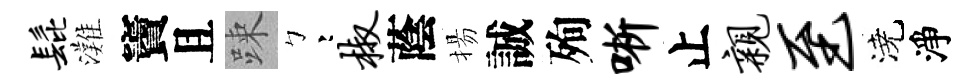
髭灘竇且踈彎椒蔭揚誠殉晰止亲至澆淨